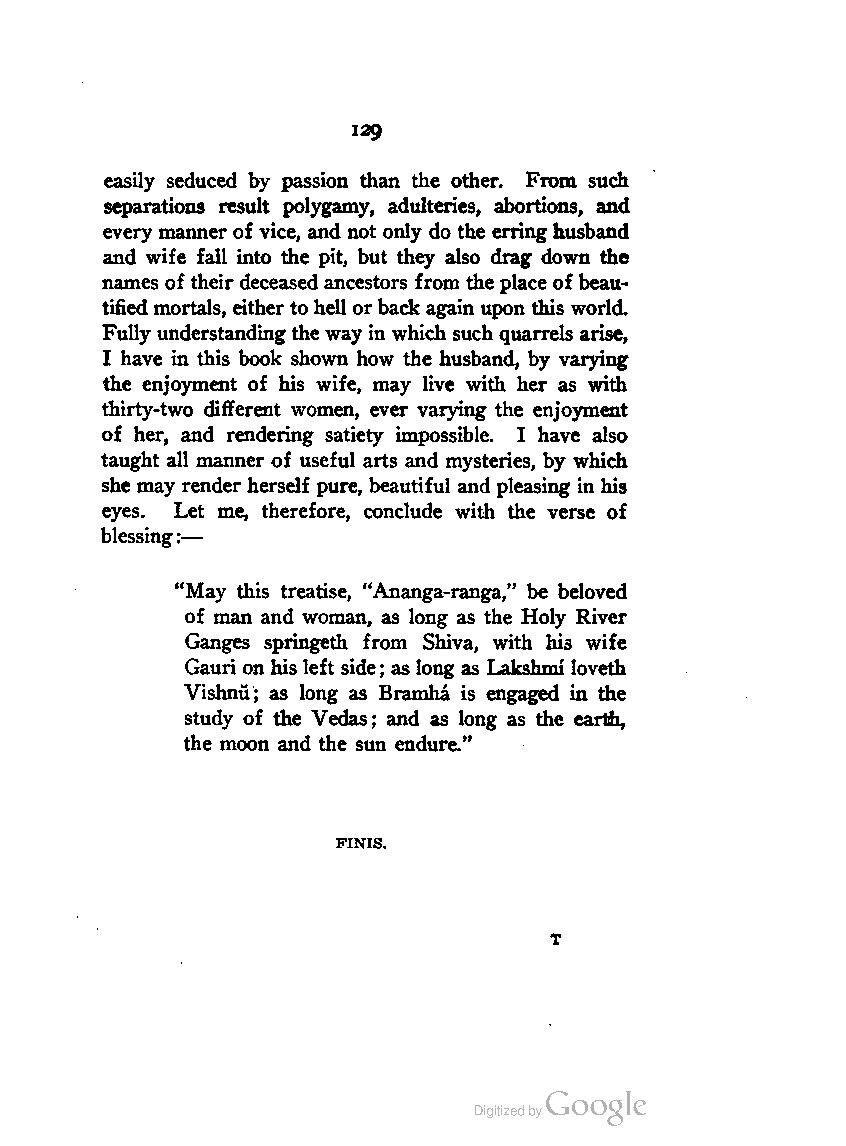
129
 easily seduced by passion than the other. From such
 separations result polygamy, adulteries, abortions, and
 every manner of vice, and not only do the erringhusband
 and wife fall into the pit, but they also drag down the
 names of their deceased ancestors from theplace of beau
 tifiedmortals, eithertohell orback again upon this world.
 Fully understandingthewayin which such quarrels arise,
 I have in this book shown how the husband, by varying
 the enjoyment of his wife, may live with her as with
 thirty-two different women, ever varying the enjoyment
 of her, and rendering satiety impossible. I have also
 taught all manner of useful arts and mysteries, by which
 she may render herself pure, beautiful and pleasing in his
 eyes. Let me, therefore, conclude with the verse of
 blessing:—
 "May this treatise, "Ananga-ranga," be beloved
 of man and woman, as long as the Holy River
 Ganges springeth from Shiva, with his wife
 Gauri onhis left side; as long as Lakshmi loveth
 Vishnu; as long as Bramha is engaged in the
 study of the Vedas; and as long as the earth,
 the moon and the sun endure."
 FINIS.
 T